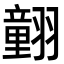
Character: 𦒍